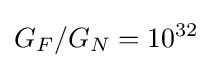
G_{F}/G_{N}=10^{32}